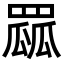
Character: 𦋯